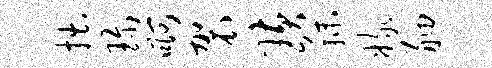
拙珍啊袈璜秣嫁舳